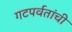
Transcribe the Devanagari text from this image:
गटपर्वतांची